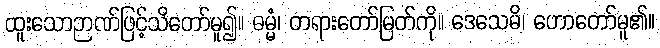
ထူးသောဉာဏ်ဖြင့်သိတော်မူ၍။ ဓမ္မံ၊ တရားတော်မြတ်ကို။ ဒေသေမိ၊ ဟောတော်မူ၏။